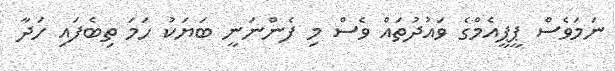
ނަމަވެސް ޕީޕީއެމްގެ ވައުދުތައް ވެސް މި ފެންނަނީ ބަޔަކު ހަމަ ތިބެފައި ހަދާ